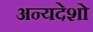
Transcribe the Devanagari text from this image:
अन्यदेशो